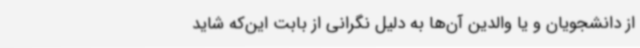
از دانشجویان و یا والدین آن‌ها به دلیل نگرانی از بابت این‌که شاید